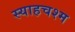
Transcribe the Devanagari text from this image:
स्याहचश्म